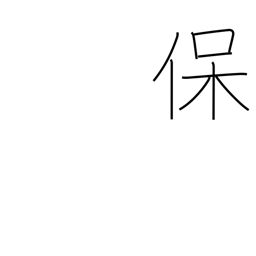
Meaning: sustain